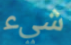
شيء